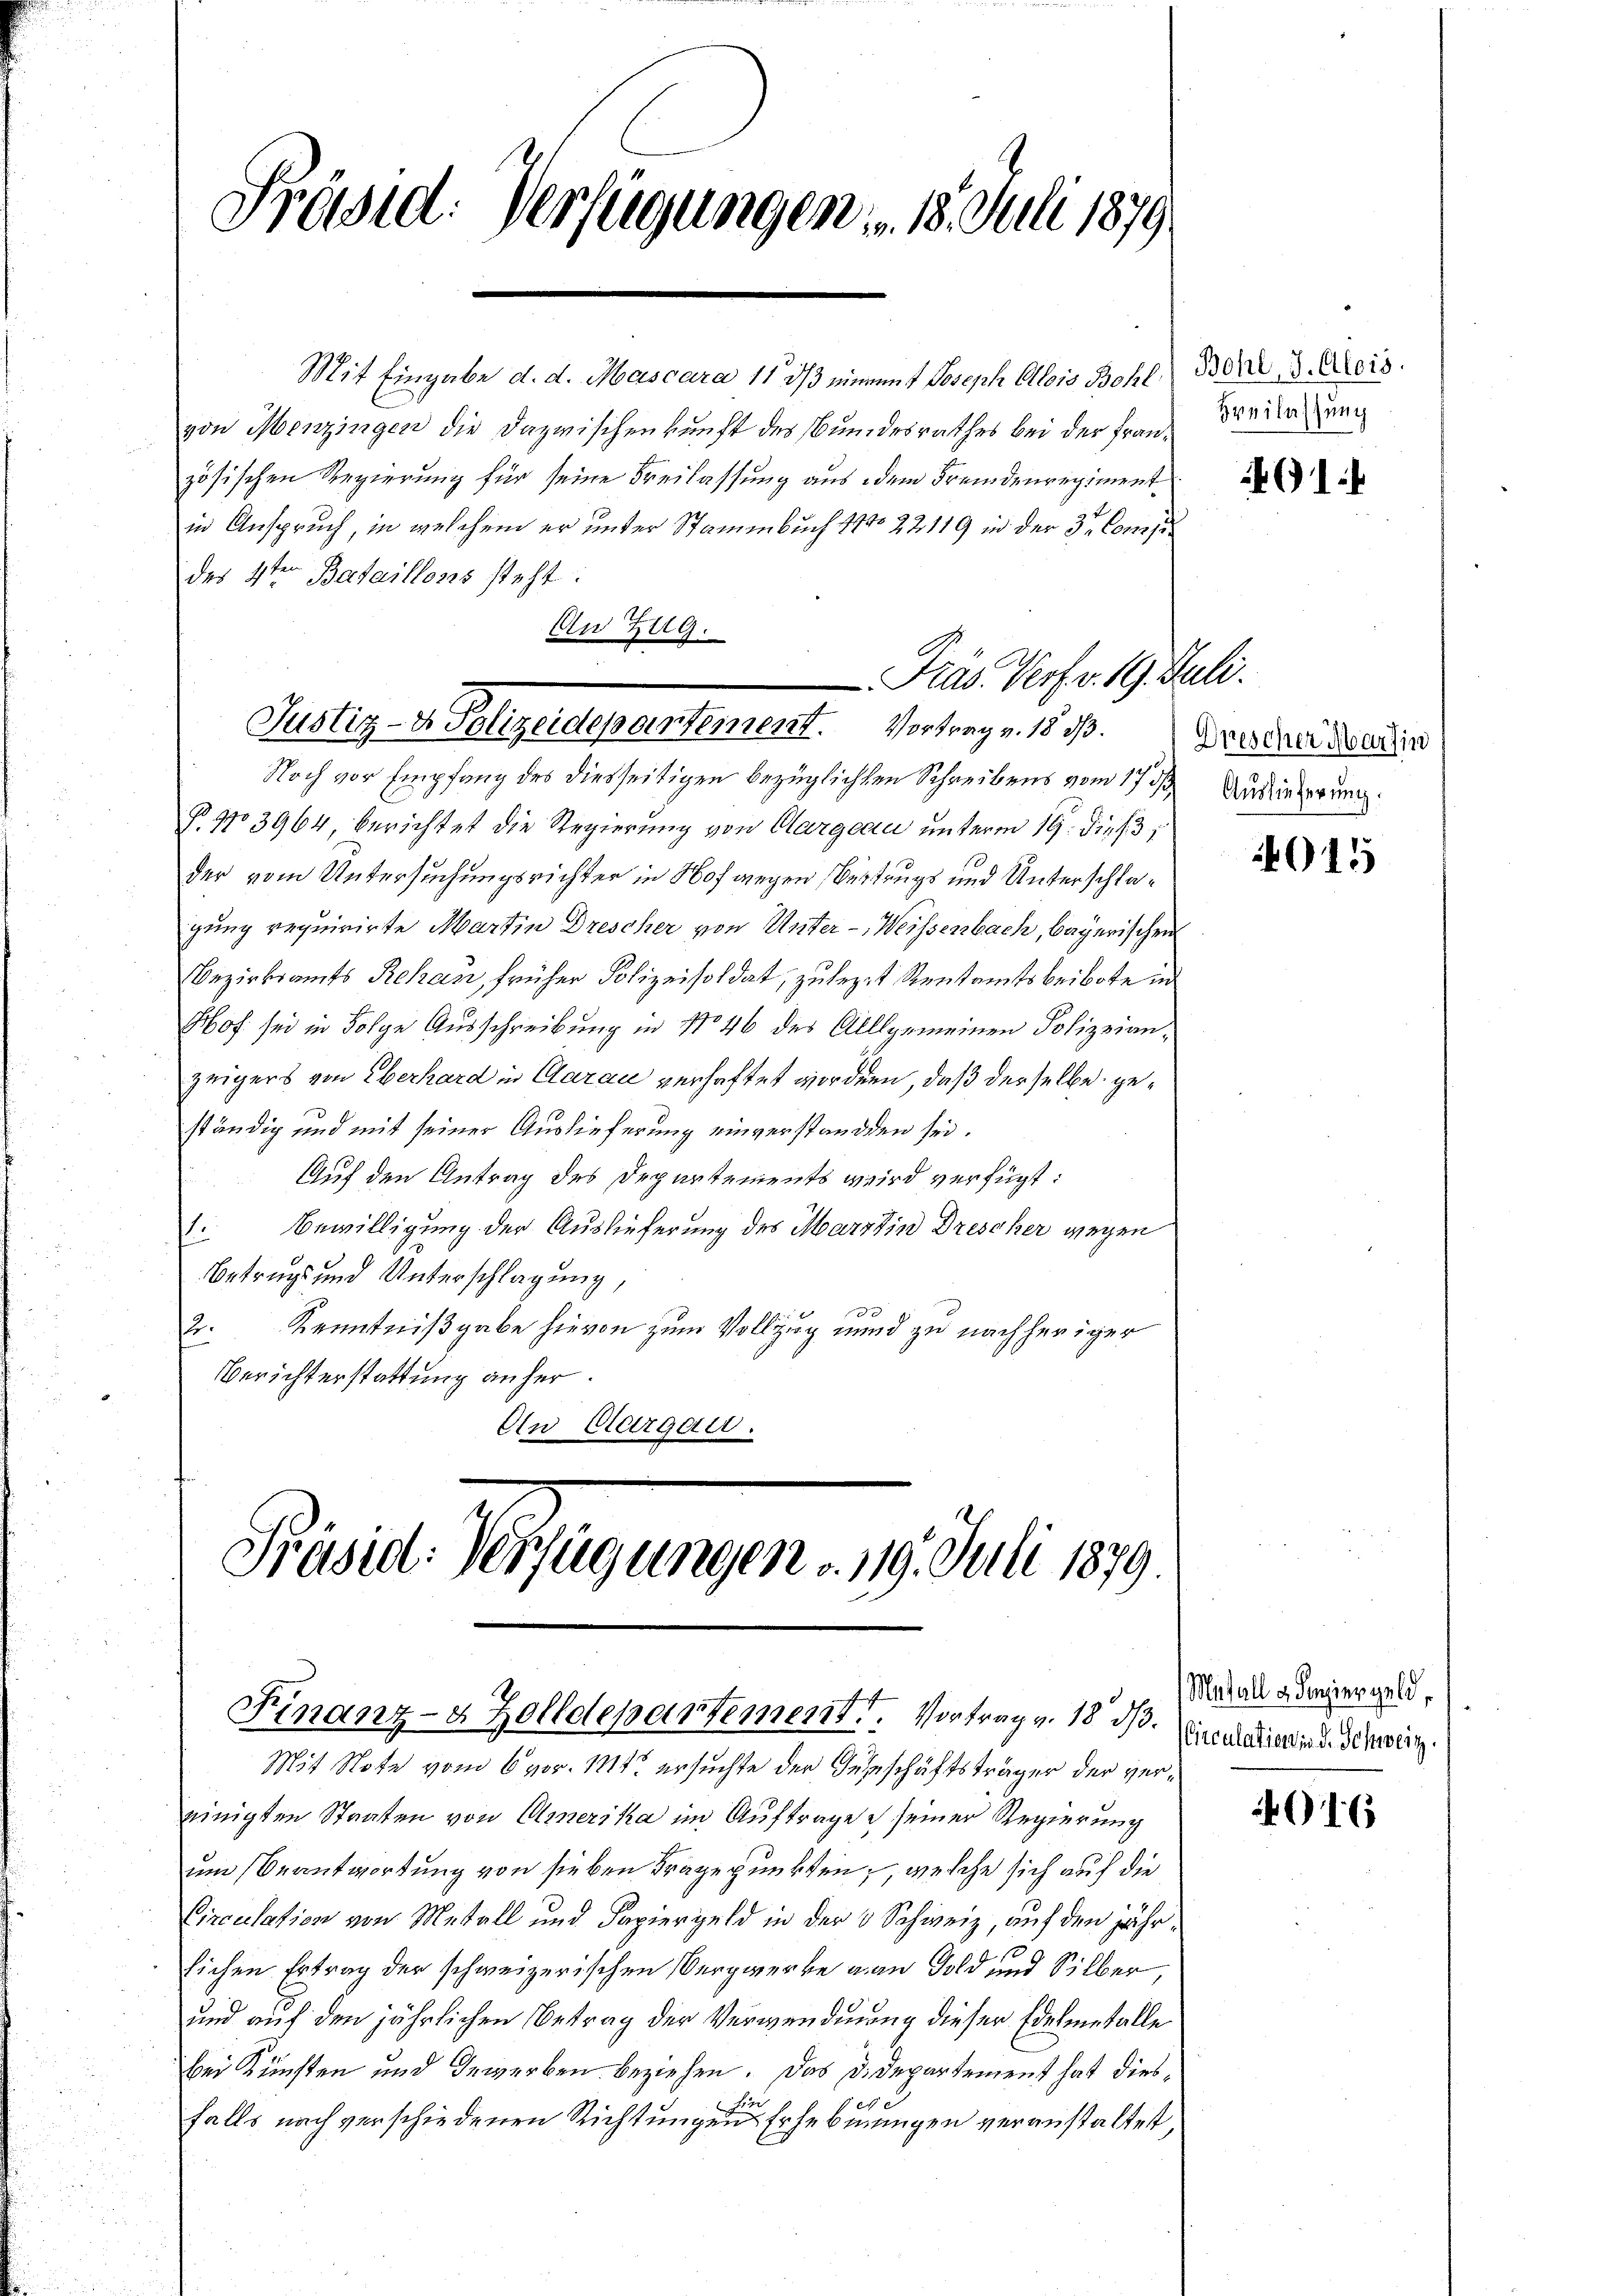
Mit Eingabe d. d. Mascara 113/3 einem 4 Joseph Alois Bohl) Bern d. Meis
von Menzingen die Dazwischenkunft des Bundesrathes bei der Französischen Regierung für seine Freilassung aus dem Fremdenregiment
in Anspruch, in welchem er unter Stammbuch 11 22119 in der den Compedes 4ten Bataillons steht:
An Zt
i

Présid: Verfügungen . 15. Juli 1879

Präs. Verf. v. 19. Juli.
Justiz- & Polizeidepartement. Vortrag v. 18 d.

Noch vor Empfang des diesseitigen bezüglichten Schreibens vom 17 t Ausiederung.
P. No 3964 berichtet die Regierung von Aargau unterm 19. Dies 3;
der vom Untersuchungsrichter in Hofwegen Bertrugs und Unterschlagung requirirte Martin Drescher von Unter-Weissenbach, bayerischen
Bezirksamts Rekan früher Polizeisoldat, zuleget Rentamts beibote in
Hof sei in Folge Ausschreibung in No 46 des Allgemeinen Polizeianzeigers von Eberhard in Clarau verhaftet worden, daß derselbe geständig und mit seiner Auslieferung einverstanden sei.
Auf den Antrag des Departements wird verfügt:
1. Bewilligung der Auslieferung des Martin Drescher wegen
Betrugs und Unterschlagung
0
2. Kenntnißgabe hievon zum Vollzug und zu nachheriger
Berichterstattung anher.
An Clarger.

Präsid. Verfügungen 19. Juli 1879.
Finanz-8 Zolldepartement. Vortrag v. 18 d.

Mit Note vom 6 vor. Mts. ersuchte der Geschäftsträger der vereinigten Staaten von Amerika im Auftrage seiner Regierung
um Beantwortung von sieben Fragepunkten, welche sich auf die
Circulation von Metall und Papiergeld in der 3 Schweiz, auf den jährlichen Ertrag der schweizerischen Vergwerke an Gold und Silber,
und auf den jährlichen Betrag der Verwendnung dieser Edelmetalle
bei Künften und Gewerben beziehen. Das D. Departement hat diesx
falls nach verschiedenen Richtungen Erhebungen veranstaltet

Freilassung

1

Dreschen Martin

015

Metall & Henziergeld,
Circulation in d. Schweiz.

16